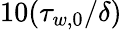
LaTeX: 10(\tau_{w,0}/\delta)